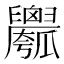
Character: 𱰇